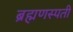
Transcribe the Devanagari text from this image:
ब्रह्मणस्पती